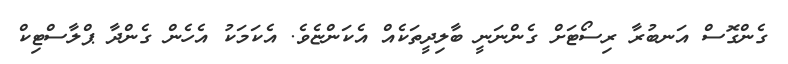
ގެންގޮސް އަނބުރާ ރިސޯޓަށް ގެންނަނީ ބާލިދީތަކެއް އެކަންޏެވެ. އެކަމަކު އެހެން ގެންދާ ޕްލާސްޓިކް